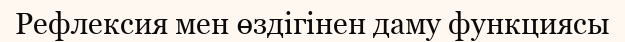
Рефлексия мен өздігінен даму функциясы